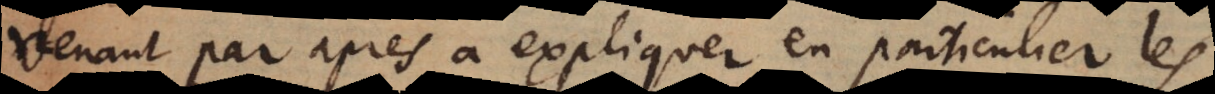
venant par après à expliquer en particulier les